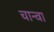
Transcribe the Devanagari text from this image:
चान्वा